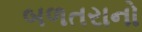
બળતરાનો